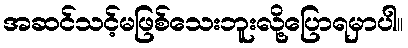
အဆင်သင့်မဖြစ်သေးဘူးလို့ပြောရမှာပါ။